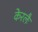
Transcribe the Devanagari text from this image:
केरलैः